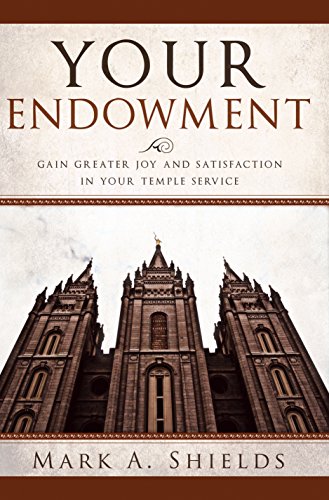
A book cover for Your Endowment; Mark A. Shields; Christian Books & Bibles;